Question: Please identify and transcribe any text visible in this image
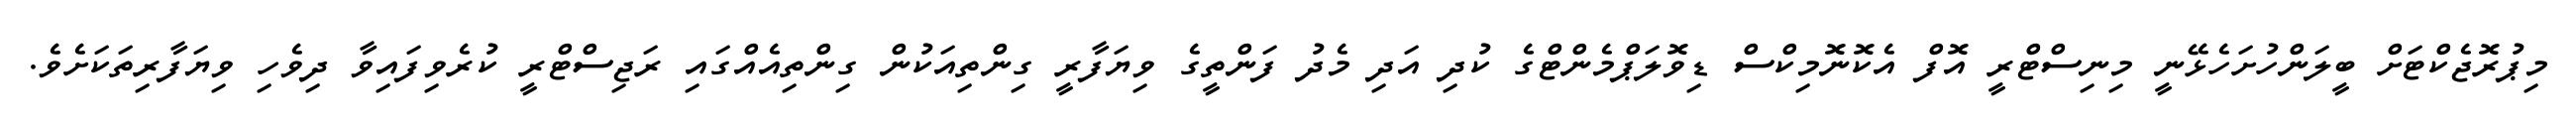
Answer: މިޕުރޮޖެކްޓަށް ބީލަންހުށަހެޅޭނީ މިނިސްޓްރީ އޮފް އެކޮނޮމިކްސް ޑިވޮލަޕްމެންޓްގެ ކުދި އަދި މެދު ފަންތީގެ ވިޔަފާރީ ގިންތިއަކުން ގިންތިއެއްގައި ރަޖިސްޓްރީ ކުރެވިފައިވާ ދިވެހި ވިޔަފާރިތަކަށެވެ.